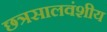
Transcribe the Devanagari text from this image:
छत्रसालवंशीय